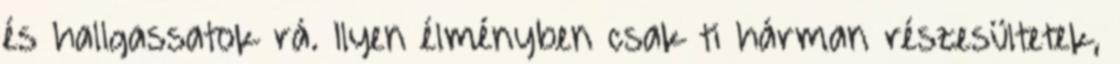
és hallgassatok rá. Ilyen élményben csak ti hárman részesültetek,